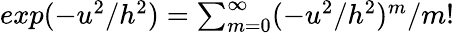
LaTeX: \begin{array}{r}{\textbf{}exp(-u^{2}/h^{2})=\sum_{m=0}^{\infty}(-u^{2}/h^{2})^{m}/m!}\end{array}